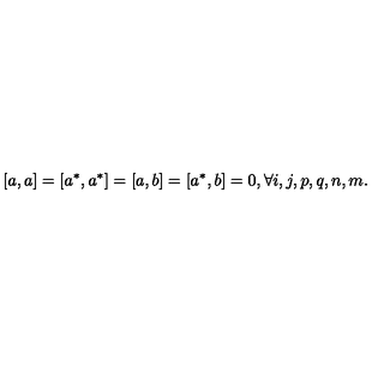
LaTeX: [ a , a ] = [ a ^ { * } , a ^ { * } ] = [ a , b ] = [ a ^ { * } , b ] = 0 , \forall i , j , p , q , n , m .